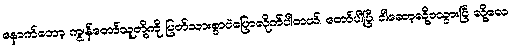
နောက်တော့ ကျွန်တော်သူတို့ကို ပြတ်သားစွာပဲပြောလိုက်ပါတယ်၊ တော်ပါပြီ၊ ငါဆော့လို့၀သွားပြီ လို့လေ